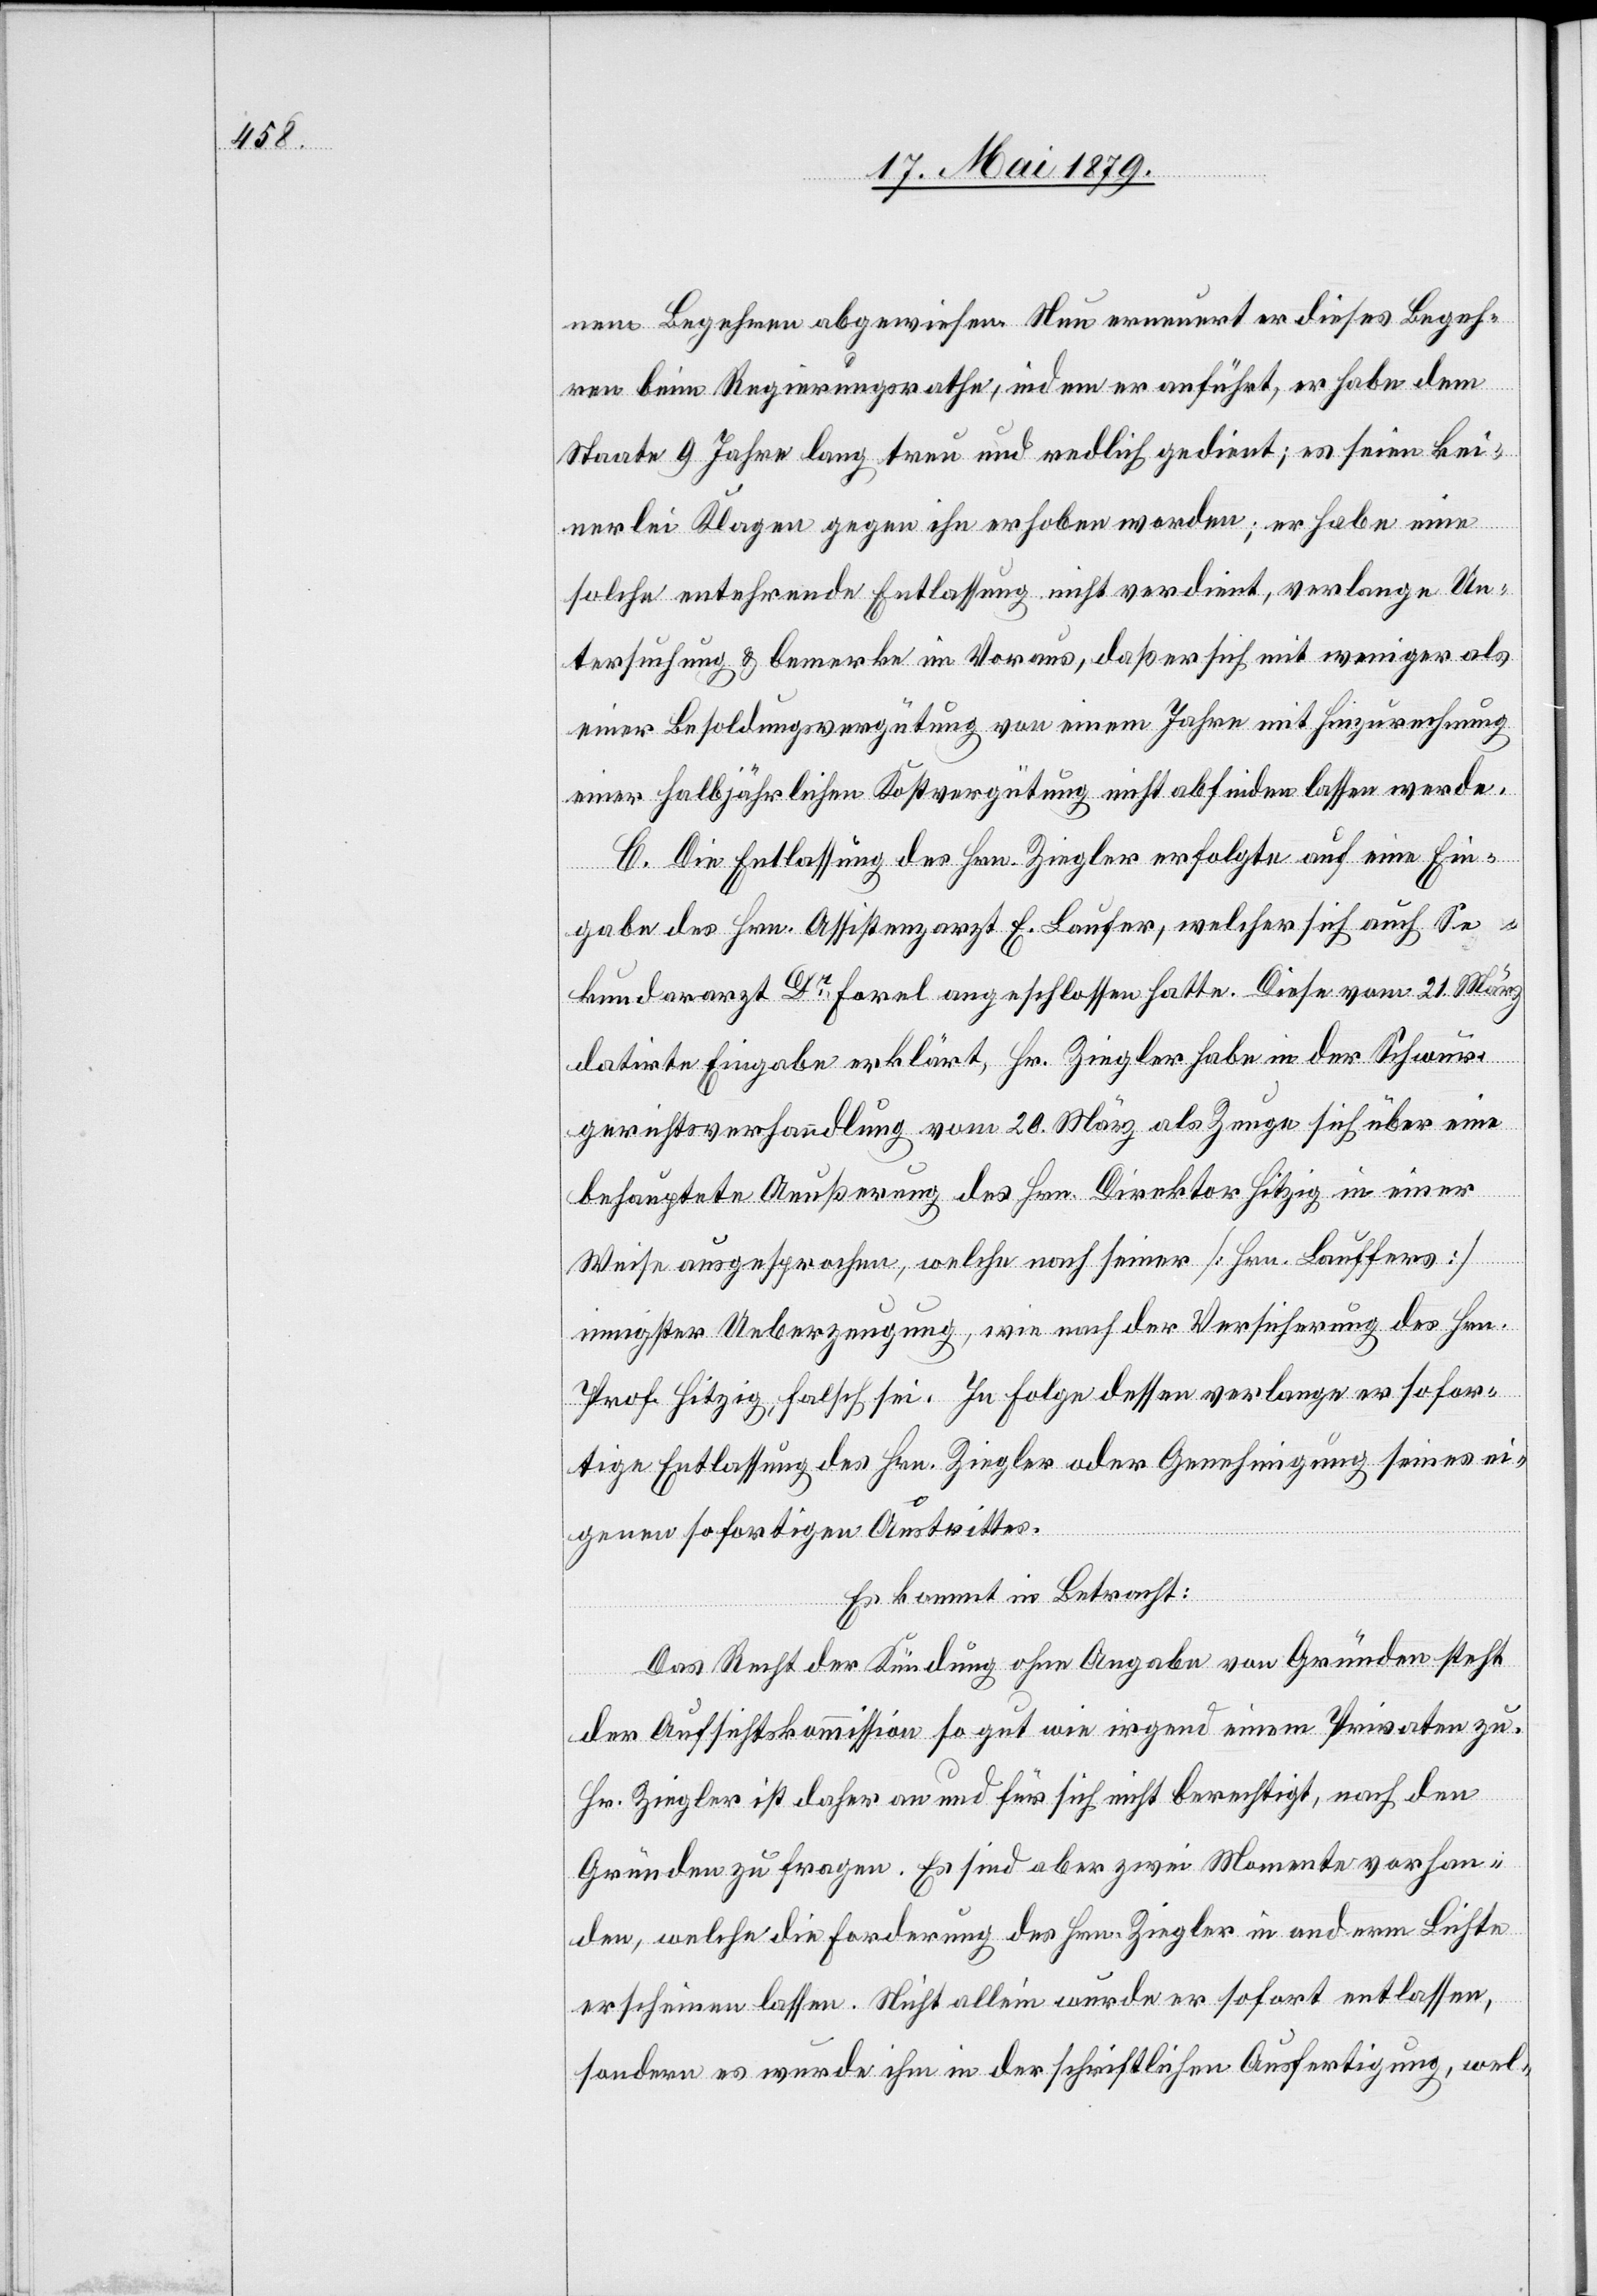
nem Begehren abgewiesen. Nun erneuert er dieses Begeh¬
ren beim Regierungsrathe, indem er anführt, er habe dem
Staate 9 Jahre lang treu und redlich gedient; es seien kei¬
nerlei Klagen gegen ihn erhoben worden; er habe eine
solche entehrende Entlassung nicht verdient, verlange Un¬
tersuchung & bemerke im Voraus, daß er sich mit weniger als
einer Besoldungsvergütung von einem Jahre mit Hinzurechnung
einer halbjährlichen Kostvergütung nicht abfinden lassen werde.
C. Die Entlassung des Hrn. Ziegler erfolgte auf eine Ein¬
gabe des Hrn. Assistenzarzt E. Laufer, welcher sich auch Se¬
kundararzt Dr Forel angeschlossen hatte. Diese vom 21. März
datirte Eingabe erklärt, Hr. Ziegler habe in der Schwur¬
gerichtsverhandlung vom 20. März als Zeuge sich über eine
behauptete Aeußerung des Hrn. Direktor Hitzig in einer
Weise ausgesprochen, welche nach seiner [Hrn. Lauffers
innigster Ueberzeugung, wie nach der Versicherung des Hrn.
Prof. Hitzig, falsch sei. In Folge dessen verlange er sofor¬
tige Entlassung des Hrn. Ziegler oder Genehmigung seines ei¬
genen sofortigen Austrittes.
Es kommt in Betracht:
Das Recht der Kündung ohne Angabe von Gründen steht
der Aufsichtskommission so gut wie irgend einem Privaten zu.
Hr. Ziegler ist daher an und für sich nicht berechtigt, nach den
Gründen zu fragen. Es sind aber zwei Momente vorhan¬
den, welche die Forderung des Hrn. Ziegler in anderm Lichte
erscheinen lassen. Nicht allein wurde er sofort entlassen,
sondern es wurde ihm in der schriftlichen Ausfertigung, wel-